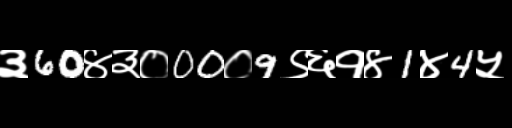
Text: ३60४३०00०9९६१४1४4५